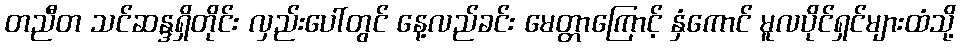
တညီတ သင်ဆန္ဒရှိတိုင်း လှည်းပေါ်တွင် နေ့လည်ခင်း မေတ္တာကြောင့် နှံကောင် မူလပိုင်ရှင်များထံသို့